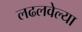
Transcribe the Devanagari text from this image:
लढलवेल्या